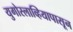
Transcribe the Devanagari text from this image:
युगोस्लाव्हियापासून